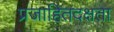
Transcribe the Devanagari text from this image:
प्रजाहितदक्षता